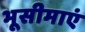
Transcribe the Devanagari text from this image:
भूसीमाएं